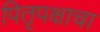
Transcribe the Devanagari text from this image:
पितृपक्षाचा